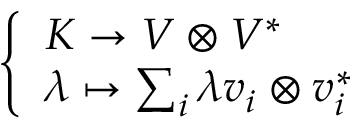
\left\{ \begin{array} { l l } { K \to V \otimes V ^ { * } } \\ { \lambda \mapsto \sum _ { i } \lambda v _ { i } \otimes v _ { i } ^ { * } } \end{array} \right.